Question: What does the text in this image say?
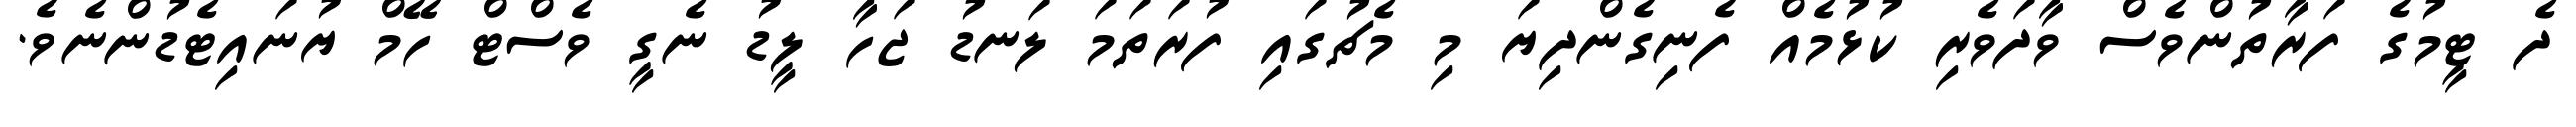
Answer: ދެ ޓީމުގެ ފަރާތުންވެސް ވާދަވެރި ކުޅުމެއް ފެނިގެންދިޔަ މި މެޗުގައި ފުރަތަމަ ލަނޑު ޖަހާ ލީޑު ނެގީ ވެސްޓް ހޭމް ޔުނައިޓެޑުންނެވެ.